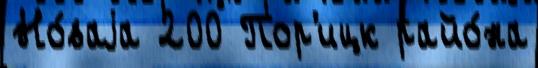
Но́ваjа 200 Пор'ицк райо́на